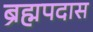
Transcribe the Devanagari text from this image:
ब्रह्मपदास